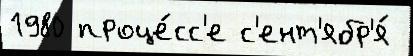
1980 проце́сс'е с'ент'ябр'я́